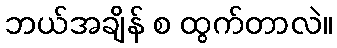
ဘယ်အချိန် စ ထွက်တာလဲ။